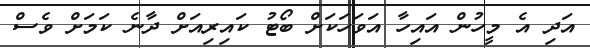
އަދި އެ މީހުން އައިހާ އަވަހަކަށް ބޯޓު ކައިރިއަށް ދާނެ ކަމަށް ވެސް